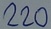
Text: 220